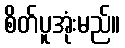
စိတ်ပူအုံးမည်။